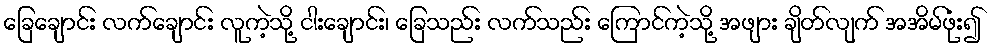
ခြေချောင်း လက်ချောင်း လူကဲ့သို့ ငါးချောင်း၊ ခြေသည်း လက်သည်း ကြောင်ကဲ့သို့ အဖျား ချိတ်လျက် အအိမ်ဖုံး၍